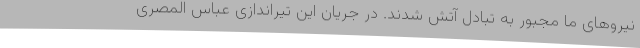
نیروهای ما مجبور به تبادل آتش شدند. در جریان این تیراندازی عباس المصری